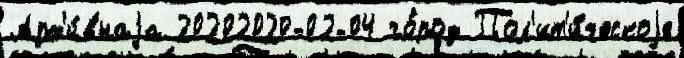
Арх'и́внаjа 20202020-02-04 го́род Пол'ит'и́ческоjе